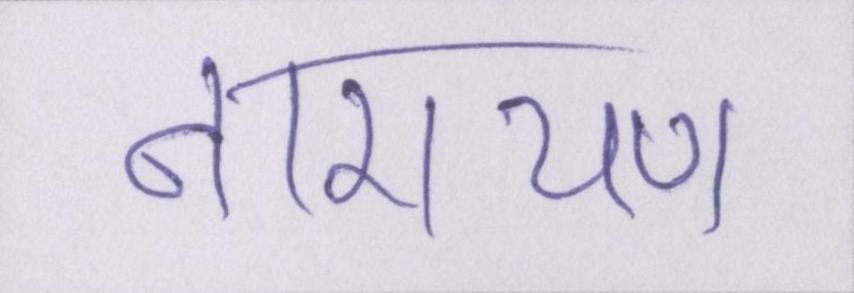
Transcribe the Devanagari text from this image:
नारायण